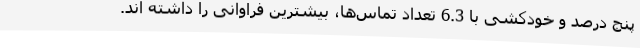
پنج درصد و خودکشی با 6.3 تعداد تماس‌ها، بیشترین فراوانی را داشته اند.